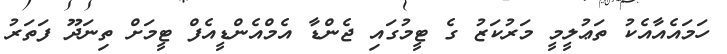
ހަމައެއާއެކު ތަޢުލީމީ މަރުކަޒު ގެ ޓީމުގައި ޖެންޑާ އެމްއެންޑީއެފް ޓީމަށް ތިނަދޫ ފަތަރު